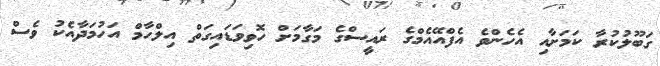
ގަބޫލުކުރާ ކަމަށާއި އެހެންވެ އެފްއޭއެމްގެ ރައީސްގެ މަގާމަށް ހޮވިވަޑައިގަތް އިލްހާމް އަހުމަދާއެކު ވެސް